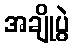
အချိုပွဲ